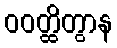
ဝဝတ္ထိတွာန